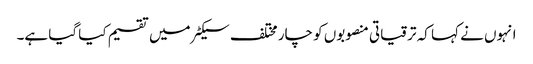
انہوں نے کہا کہ ترقیاتی منصوبوں کو چار مختلف سیکٹر میں تقسیم کیا گیا ہے۔